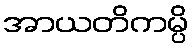
အာယတိကမ္ပိ